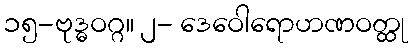
၁၅-ဗုဒ္ဓဝဂ္ဂ။ ၂- ဒေဝေါရောဟဏဝတ္ထု